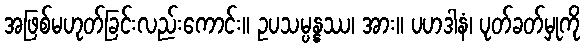
အဖြစ်မဟုတ်ခြင်းလည်းကောင်း။ ဥပသမ္ပန္နဿ၊ အား။ ပဟဒါနံ၊ ပုတ်ခတ်မှုကို